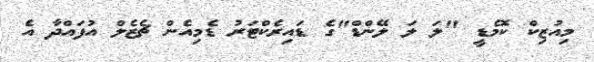
މިއުޒިކް ކޮމެޑީ "ލަ ލަ ލޭންޑް"ގެ ޑައިރެކްޓަރު ޑެމިއެން ޗެޒެލް އުފައްދާ އެ